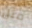
مثل